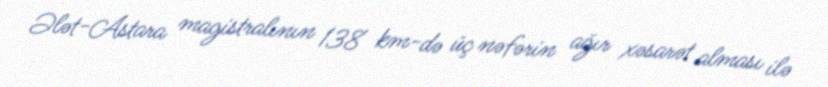
Ələt-Astara magistralının 138 km-də üç nəfərin ağır xəsarət alması ilə